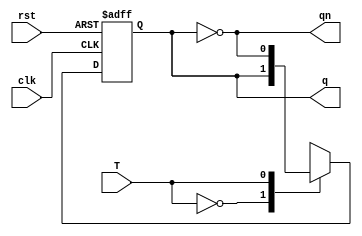
module T_flipflop(
    input T,
    input clk,
    input rst,
    output reg q,
    output qn
    );
always@(posedge clk,posedge rst)
begin 
     if(rst==1) begin
	    q<=1'b0; end
     else begin
	    case(T)
		  1'b0:begin q<=q;end
		  1'b1:begin q<=~(q); end
            endcase
	end
end
assign qn=~q;
endmodule